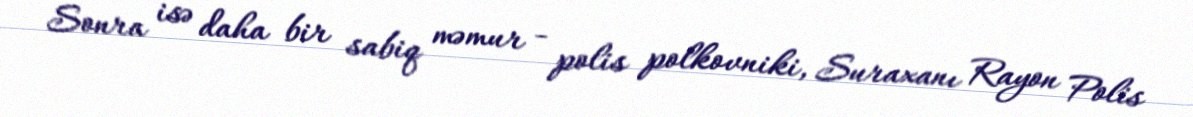
Sonra isə daha bir sabiq məmur - polis polkovniki, Suraxanı Rayon Polis